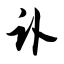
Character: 讣